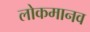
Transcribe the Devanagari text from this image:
लोकमानव